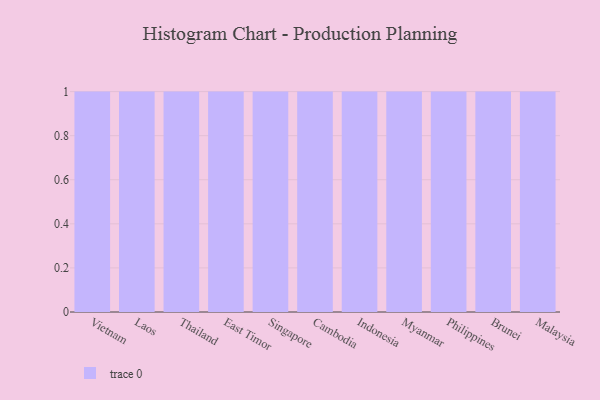
{"axis": {"x": "Country", "y": "Operating Costs (USD K)"}, "legend": [""], "data": [{"x": "Vietnam", "y": 83, "type": ""}, {"x": "Laos", "y": 38, "type": ""}, {"x": "Thailand", "y": 23, "type": ""}, {"x": "East Timor", "y": 77, "type": ""}, {"x": "Singapore", "y": 42, "type": ""}, {"x": "Cambodia", "y": 1, "type": ""}, {"x": "Indonesia", "y": 57, "type": ""}, {"x": "Myanmar", "y": 57, "type": ""}, {"x": "Philippines", "y": 80, "type": ""}, {"x": "Brunei", "y": 26, "type": ""}, {"x": "Malaysia", "y": 17, "type": ""}]}